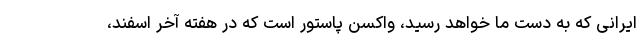
ایرانی که به دست ما خواهد رسید، واکسن پاستور است که در هفته آخر اسفند،